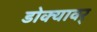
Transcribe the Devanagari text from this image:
डोक्यावर्